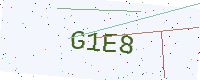
Text: G1E8